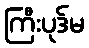
ကြီးပုဒ်မ